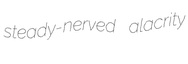
steady-nerved alacrity